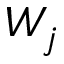
W _ { j }